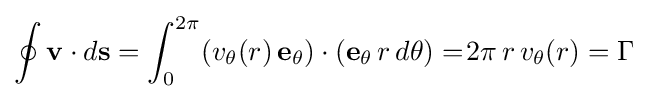
\oint \mathbf {v} \cdot d\mathbf {s} =\int _{0}^{2\pi }(v_{\theta }(r)\,\mathbf {e} _{\theta })\cdot (\mathbf {e} _{\theta }\,r\,d\theta )=\!2\pi \,r\,v_{\theta }(r)=\Gamma